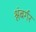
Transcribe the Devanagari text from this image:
श्लंबर्गर